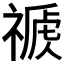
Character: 𥛕